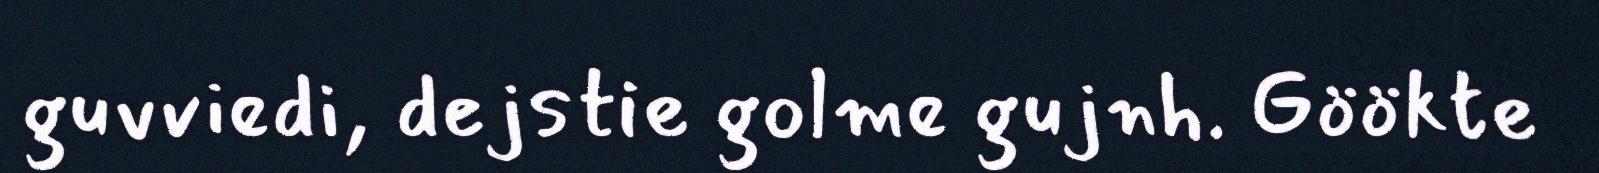
guvviedi, dejstie golme gujnh. Göökte